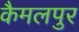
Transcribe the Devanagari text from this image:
कैमलपुर